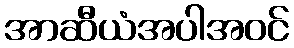
အာဆီယံအပါအဝင်